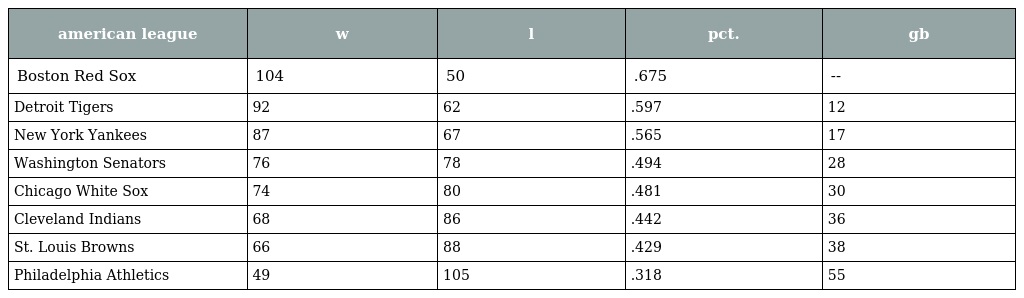
| american league | w | l | pct. | gb |
 | --- | --- | --- | --- | --- |
 | Boston Red Sox | 104 | 50 | .675 | -- |
 | Detroit Tigers | 92 | 62 | .597 | 12 |
 | New York Yankees | 87 | 67 | .565 | 17 |
 | Washington Senators | 76 | 78 | .494 | 28 |
 | Chicago White Sox | 74 | 80 | .481 | 30 |
 | Cleveland Indians | 68 | 86 | .442 | 36 |
 | St. Louis Browns | 66 | 88 | .429 | 38 |
 | Philadelphia Athletics | 49 | 105 | .318 | 55 |